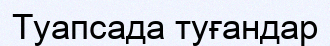
Туапсада туғандар